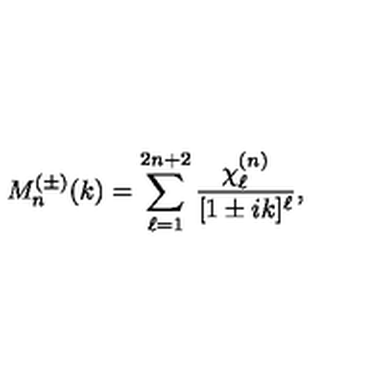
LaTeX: M _ { n } ^ { ( \pm ) } ( k ) = \sum _ { \ell = 1 } ^ { 2 n + 2 } \frac { \chi _ { \ell } ^ { ( n ) } } { [ 1 \pm i k ] ^ { \ell } } ,